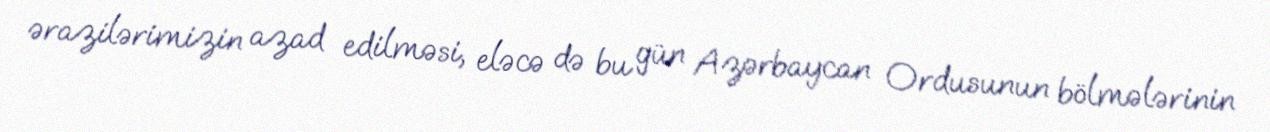
ərazilərimizin azad edilməsi, eləcə də bu gün Azərbaycan Ordusunun bölmələrinin